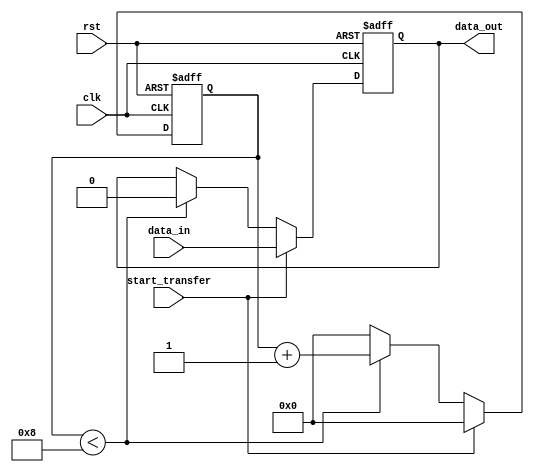
module timing_control_and_sync_block(
    input wire clk,
    input wire rst,
    input wire start_transfer,
    input wire data_in,
    output reg data_out
);

reg [7:0] counter;

always @(posedge clk or posedge rst) begin
    if (rst) begin
        counter <= 8'b0;
        data_out <= 1'b0;
    end else begin
        if (start_transfer) begin
            counter <= 8'b0;
            data_out <= data_in;
        end else begin
            if (counter < 8) begin
                counter <= counter + 1;
                data_out <= data_out << 1;
            end else begin
                counter <= 8'b0;
            end
        end
    end
end

endmodule